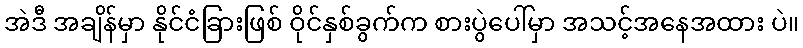
အဲဒီ အချိန်မှာ နိုင်ငံခြားဖြစ် ဝိုင်နှစ်ခွက်က စားပွဲပေါ်မှာ အသင့်အနေအထား ပဲ။